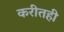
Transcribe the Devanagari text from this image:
करीतही